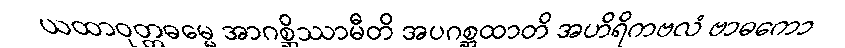
ယထာဝုတ္တဓမ္မေ အာဂစ္ဆိဿာမီတိ အပဂစ္ဆထာတိ အဟိရိကဗလံ ဗာဓကော